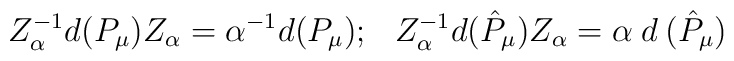
Z^{-1}_\alpha d(P_\mu) Z_\alpha = \alpha^{-1}d(P_\mu);\hskip.3cm Z^{-1}_\alpha d(\hat{P}_\mu)Z_\alpha = \alpha\hskip.1cm d\hskip.1cm (\hat{P}_\mu)